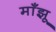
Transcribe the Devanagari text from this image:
माँझू